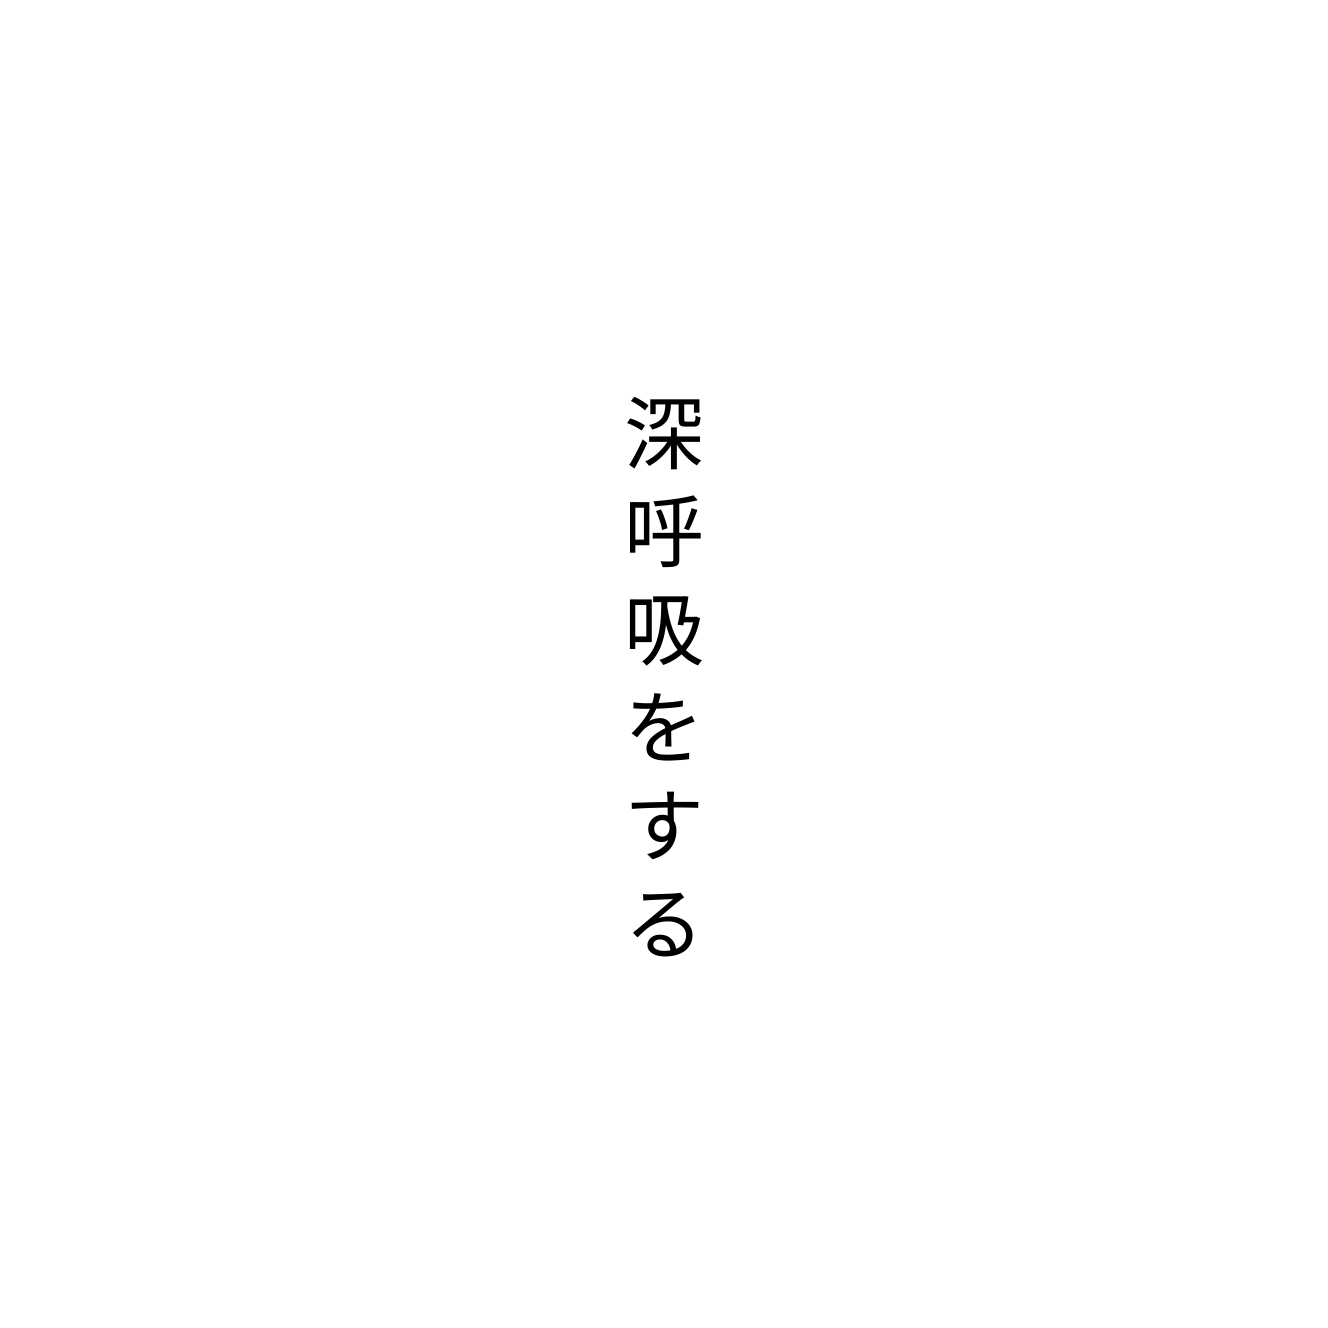
深呼吸をする